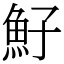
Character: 䰵